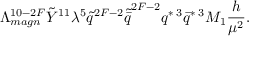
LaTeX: \Lambda _ { m a g n } ^ { 1 0 - 2 F } \tilde { Y } ^ { 1 1 } \lambda ^ { 5 } \tilde { q } ^ { 2 F - 2 } \tilde { \bar { q } } ^ { 2 F - 2 } q ^ { * \; 3 } \bar { q } ^ { * \; 3 } M _ { 1 } \frac { h } { \mu ^ { 2 } } .